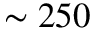
\sim 2 5 0